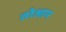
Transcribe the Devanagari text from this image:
तोआन